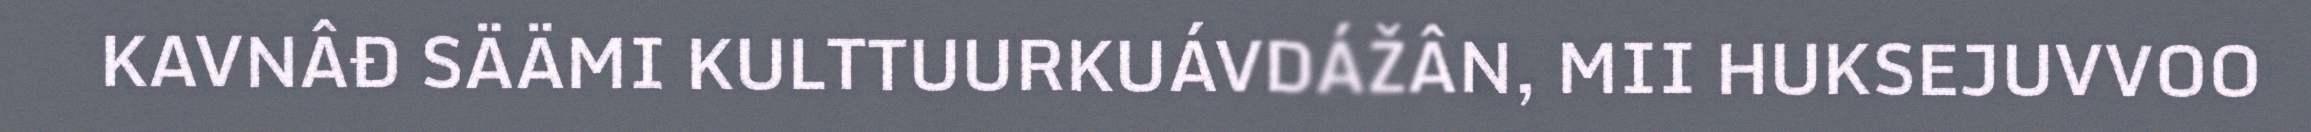
KAVNÂĐ SÄÄMI KULTTUURKUÁVDÁŽÂN, MII HUKSEJUVVOO